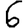
Digit: 6